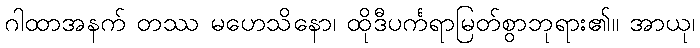
ဂါထာအနက် တဿ မဟေသိနော၊ ထိုဒီပင်္ကရာမြတ်စွာဘုရား၏။ အာယု၊